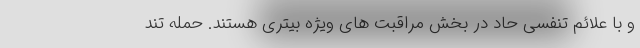
و با علائم تنفسی حاد در بخش مراقبت های ویژه بیتری هستند. حمله تند